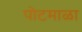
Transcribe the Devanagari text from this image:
पोटमाळा